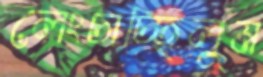
লেংচাচ্ছিলুম